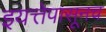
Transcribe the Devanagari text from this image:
इयत्तेपासूनच